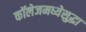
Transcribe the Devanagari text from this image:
कॉलेजमध्येसुद्धा